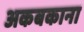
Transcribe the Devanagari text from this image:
अकबकाना